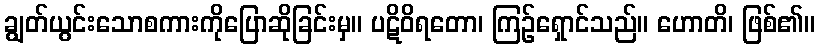
ချွတ်ယွင်းသောစကားကိုပြောဆိုခြင်းမှ။ ပဋိဝိရတော၊ ကြဉ်ရှောင်သည်။ ဟောတိ၊ ဖြစ်၏။